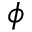
\phi